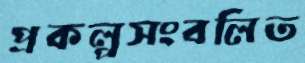
প্রকল্পসংবলিত